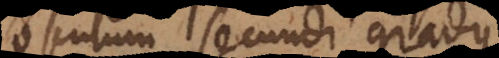
osculum secundi gradus;